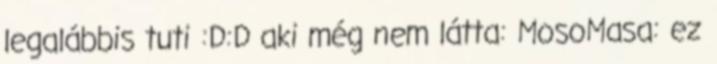
legalábbis tuti :D:D aki még nem látta: MosoMasa: ez